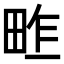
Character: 𤱴